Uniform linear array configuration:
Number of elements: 32
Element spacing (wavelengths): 1
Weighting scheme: hann
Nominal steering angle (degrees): -45
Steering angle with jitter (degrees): -43.248
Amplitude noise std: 0.05
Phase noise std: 0.05

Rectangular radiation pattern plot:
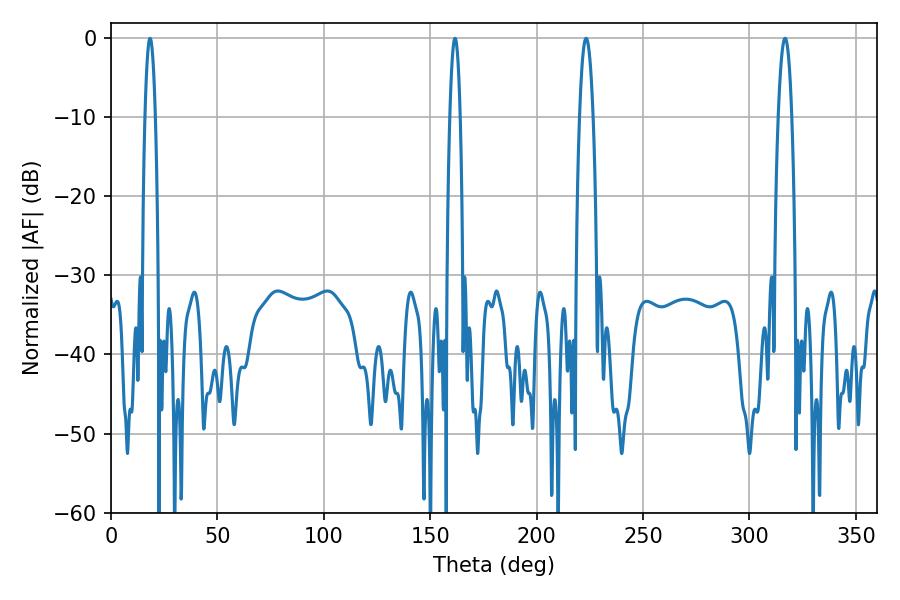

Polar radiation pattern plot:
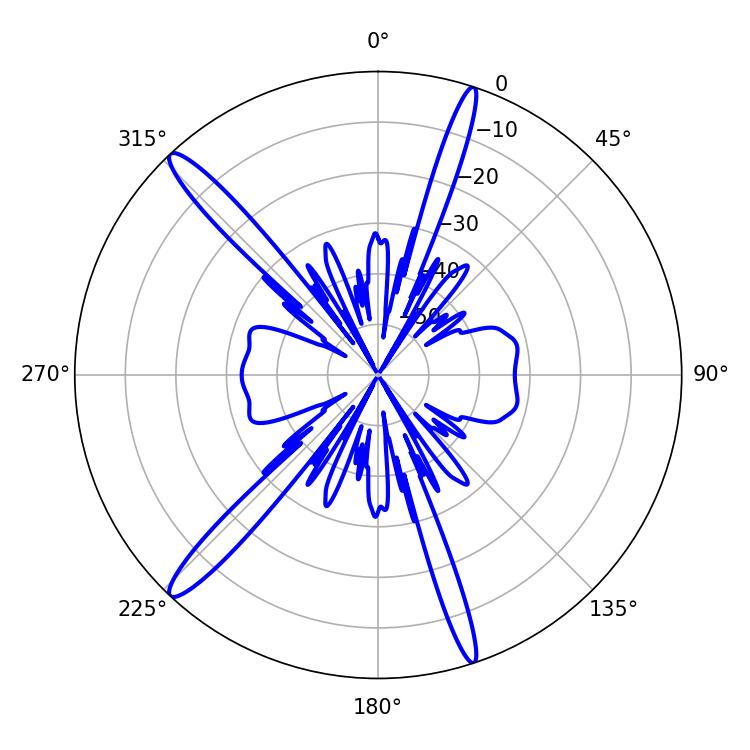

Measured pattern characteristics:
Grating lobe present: TRUE
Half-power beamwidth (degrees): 2.52
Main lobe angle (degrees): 18.36